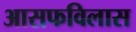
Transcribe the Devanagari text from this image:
आसफविलास